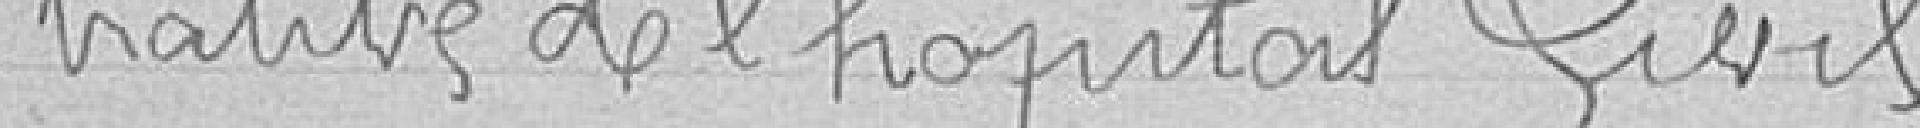
trative de l'hôpital civil